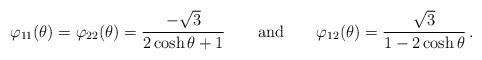
LaTeX: \begin{align*} \varphi_{11}(\theta) = \varphi_{22}(\theta) = \frac{-\sqrt{3}}{2\cosh \theta +1} \qquad {\rm and} \qquad \varphi_{12}(\theta) = \frac{\sqrt{3}}{1-2\cosh \theta } \,.\end{align*}